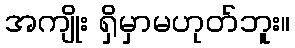
အကျိုး ရှိမှာမဟုတ်ဘူး။